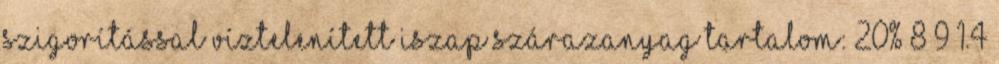
szigorítással Víztelenített iszap szárazanyag tartalom: 20% 8 9 1.4